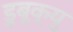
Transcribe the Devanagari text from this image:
डुबूक्यु